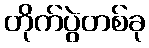
တိုက်ပွဲတစ်ခု